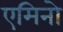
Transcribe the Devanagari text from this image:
एमिनो